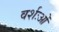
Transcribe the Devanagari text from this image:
वर्शःओं